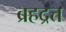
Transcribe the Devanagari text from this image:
ब्रहद्रत्त